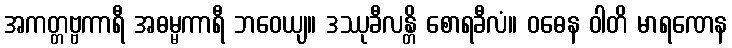
အကတ္တဗ္ဗကာရီ အဓမ္မကာရီ ဘဝေယျ။ ဒဿုခီလန္တိ စောရခီလံ။ ဝဓေန ဝါတိ မာရဏေန